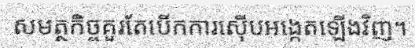
សមត្ថកិច្ចគួរតែបើកការស៊ើបអង្កេតឡើងវិញ។